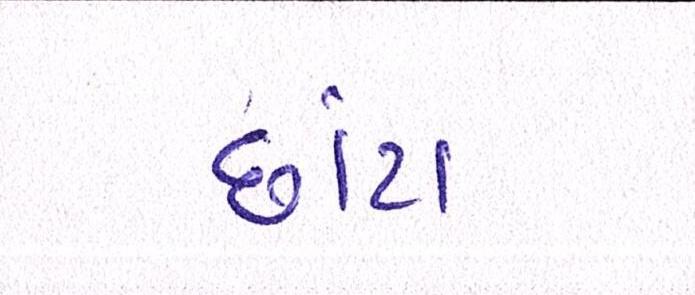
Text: છાંટા